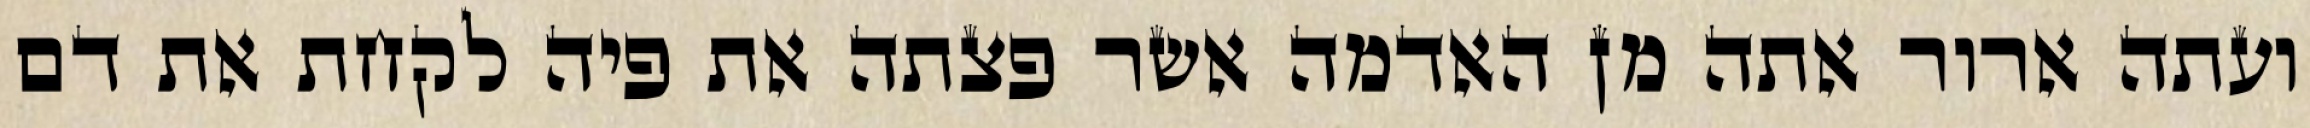
ועתה ארור אתה מן האדמה אשר פצתה את פיה לקחת את דם